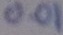
Text: 0.01